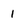
Character: 1